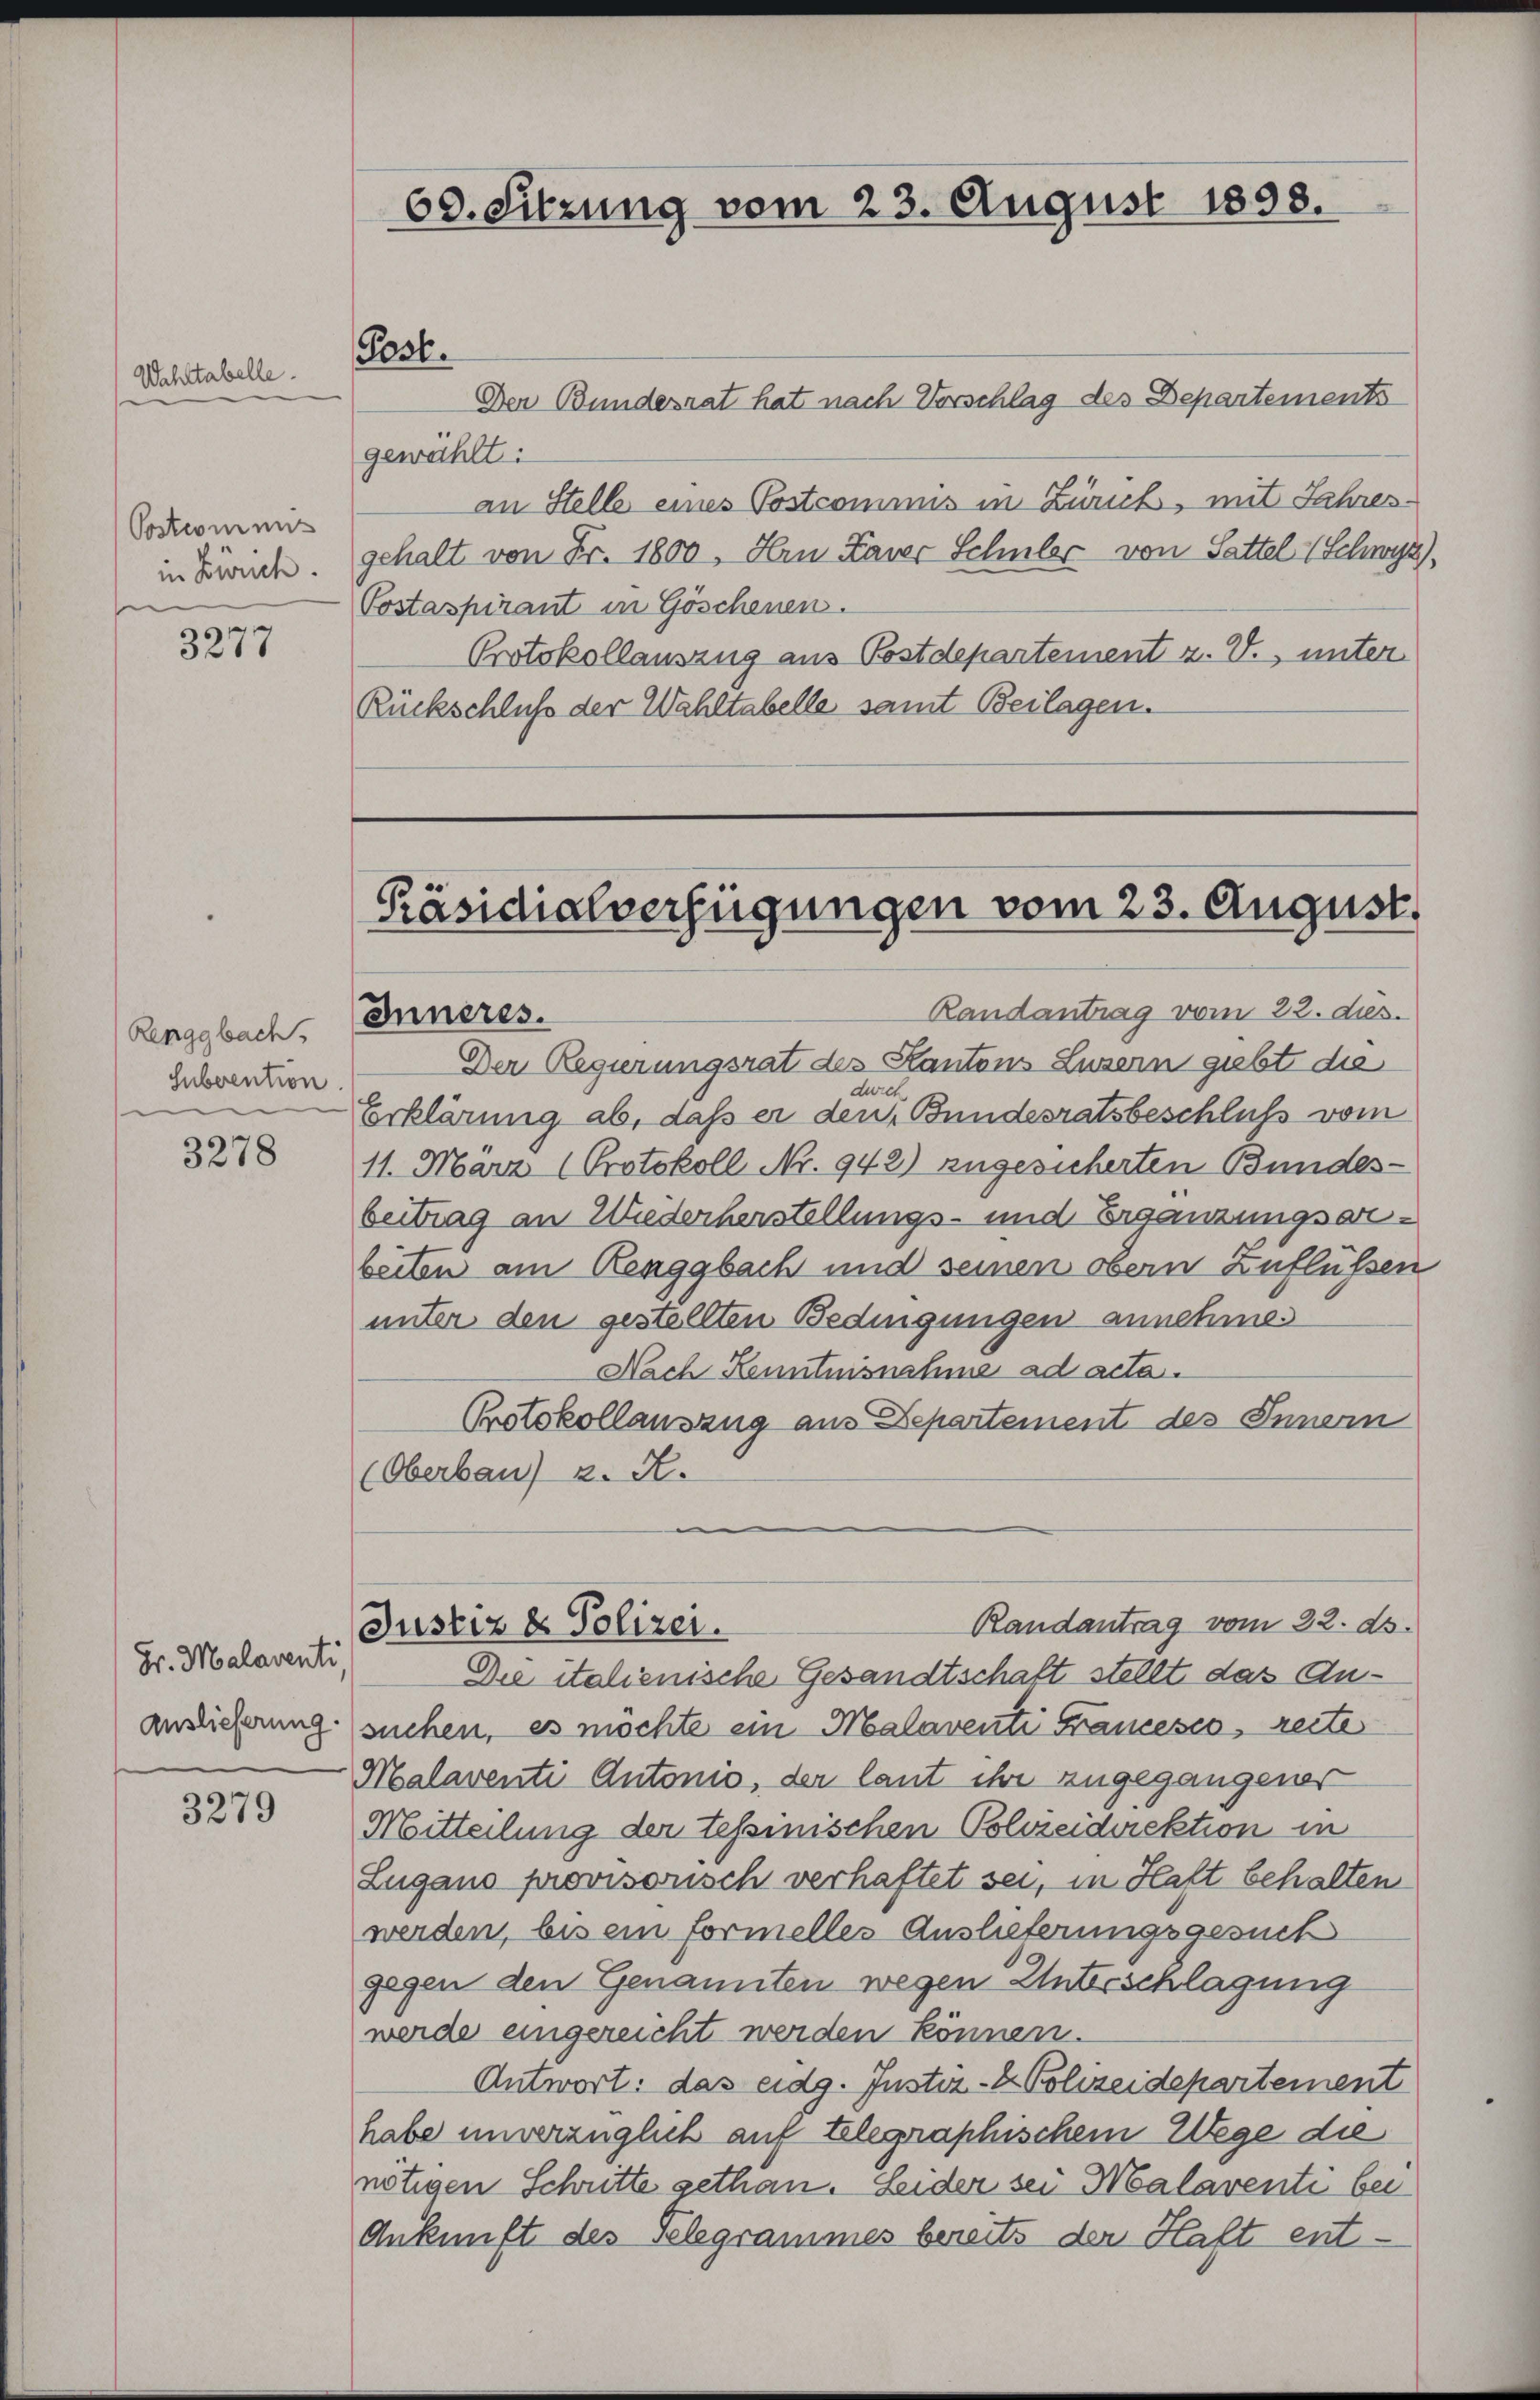
Wahltabelle.

Postcommis
in Zürch.

3277

Renggbach.
Subvention

3278

Hr. Malaventi,

3279

60. Sitzung vom 23. August 1898.
Post.

Inneres.

Der Bundesrat hat nach Vorschlag des Departements
gewählt:
an Stelle eines Postcommis in Zürich, mit Jahresgehalt von Fr. 1800, Hrn Laver Schüler von Sattel (Schwyz)
Postaspirant in Göschenen.
Protokollauszug aus Postdepartement z. V. unter
Rückschluß der Wahltabelle samt Beilagen.

Präsidialverfügungen vom 23. August.

Justiz & Polizei.

Randantrag vom 22. ds.
Der Regierungsrat des Kantons Luzern giebt die
deres
Erklärung ab, daß er den Bundesratsbeschluß vom
11. Marz (Protokoll Nr. 942) zugesicherten Bundes-
beitrag an Wiederherstellungs- und Ergänzungsarbeiten am Renggbach und seinen obern Zuflüssen
unter den gestellten Bedingungen annehmen
Nach Kenntnisnahme ad acta.
Protokollauszug aus Departement des Innern
(Oberbau) z. R.
Randantrag vom 22. ds.
Die italienische Gesandtschaft stellt das Ananslieferung suchen, es möchte ein Malaventi Francesco, reite
Malaventi Antonio, der laut ihre zugegangener
Mitteilung der tessinischen Polvieidirektion in
Zugans provisorisch verhaftet sei, in Haft behalten
werden, bis ein formelles Auslieferungsgesuch
gegen den Genannten wegen Unterschlagung
werde eingereicht werden können.
Antwort: das eidg. Justiz- & Polizeidepartement
habe unverzüglich auf telegraphischem Wege die
nötigen Schritte gethan. Seider sei Malaventi bei
Ankunft des Telegrammes bereits der Haft ent-